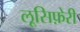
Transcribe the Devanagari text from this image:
लूसिफ़ेरी